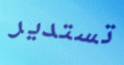
تستدير